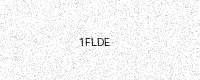
Text: 1FLDE